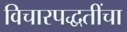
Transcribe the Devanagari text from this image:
विचारपद्धतींचा